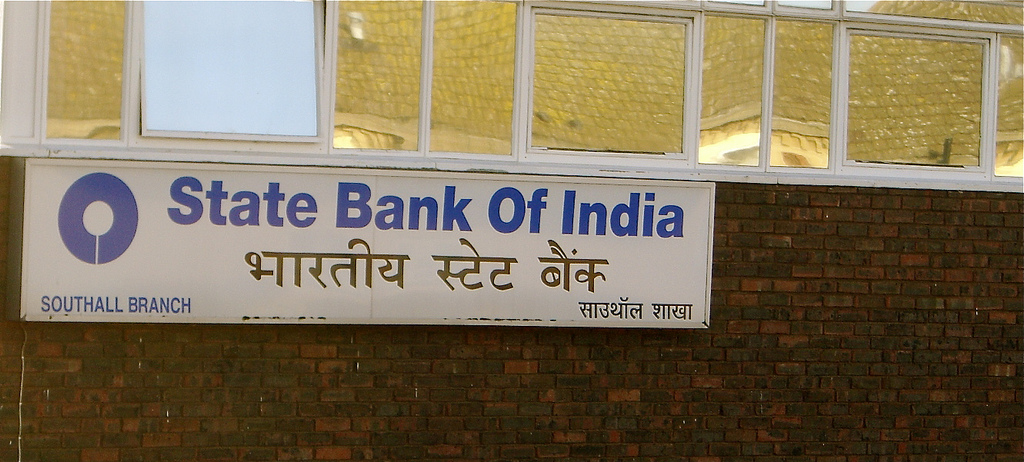
Language: hindi
Transcription: साउथॉल शाखा बैंक स्टेट भारतीय